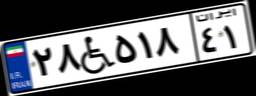
۲۸W۵۱۸۴۱